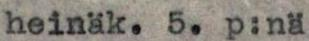
heinäk. 5. p:nä